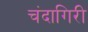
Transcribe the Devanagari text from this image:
चंदागिरी